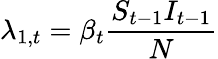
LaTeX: \lambda_{1,t}=\beta_{t}\frac{S_{t-1}I_{t-1}}{N}